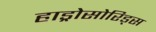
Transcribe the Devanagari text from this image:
हाड्रोसोरिड्स